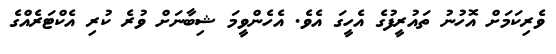
ވެރިކަމަށް އޮހުނު ތައުރީފުގެ އެހީގަ އެވެ. އެހެންވީމަ ޝިބާނަށް ވުރެ ކުރި އެކްޓަރެއްގެ